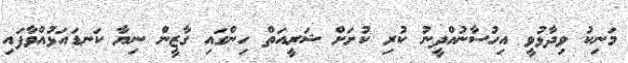
މަނިކު ވިދާޅުވީ އިހުސާނުއްދީނު ކުރި ކުށަށް ޝަރީއަތް ހިންގައި ގާޒީން ނިޔާ ކަނޑައަޅުއްވާފައި